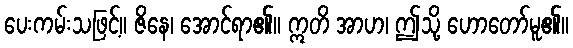
ပေးကမ်းသဖြင့်။ ဇိနေ၊ အောင်ရာ၏။ ဣတိ အာဟ၊ ဤသို့ ဟောတော်မူ၏။